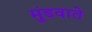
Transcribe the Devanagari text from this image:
मुंडवाते